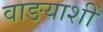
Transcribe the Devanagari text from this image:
वाङयाशीं